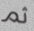
ثم